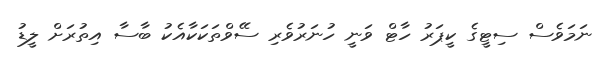
ނަމަވެސް ސިޓީގެ ކީޕަރު ހާޓް ވަނީ ހުނަރުވެރި ސޭވްތަކަކާއެކު ބާސާ އިތުރަށް ލީޑު